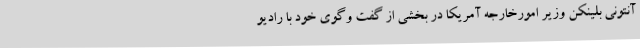
آنتونی بلینکن وزیر امورخارجه آمریکا در بخشی از گفت وگوی خود با رادیو